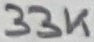
Text: 33K